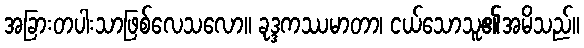
အခြားတပါးသာဖြစ်လေသလော။ ခုဒ္ဒကဿမာတာ၊ ငယ်သောသူ၏အမိသည်။